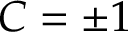
C = \pm 1